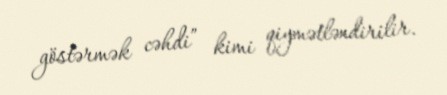
göstərmək cəhdi” kimi qiymətləndirilir.